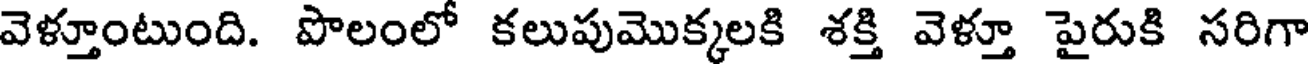
వెళ్తూంటుంది. పొలంలో కలుపుమొక్కలకి శక్తి వెళ్తూ పైరుకి సరిగా